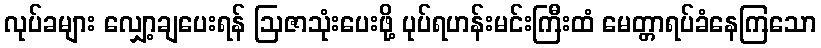
လုပ်ခများ လျှော့ချပေးရန် ဩဇာသုံးပေးဖို့ ပုပ်ရဟန်းမင်းကြီးထံ မေတ္တာရပ်ခံနေကြသော